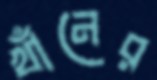
খাঁনের